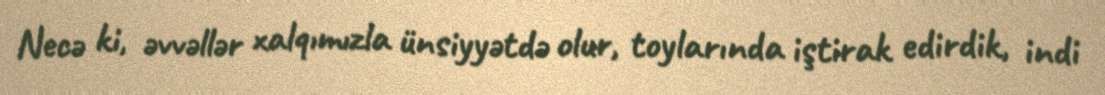
Necə ki, əvvəllər xalqımızla ünsiyyətdə olur, toylarında iştirak edirdik, indi